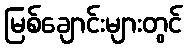
မြစ်ချောင်းများတွင်